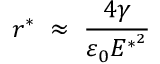
r ^ { * } \; \approx \; \frac { 4 \gamma } { \varepsilon _ { 0 } E ^ { * ^ { 2 } } }